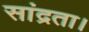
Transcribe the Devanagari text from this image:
सांद्रता।